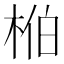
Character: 𬂺